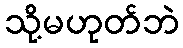
သို့မဟုတ်ဘဲ